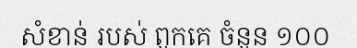
សំខាន់ របស់ ពួកគេ ចំនួន ១០០